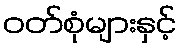
ဝတ်စုံများနှင့်